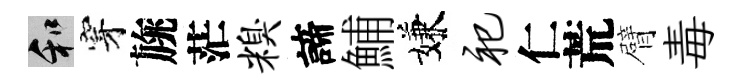
和穿旐茫糗諦鯆嫌祀仁荒臂毒